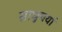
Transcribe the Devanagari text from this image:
साधुचर्या